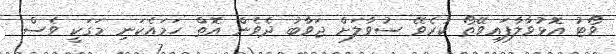
ވޯޓު އޮޅުވާލާފައިވޭތޯ ކުރެވޭ ސުވާލަށް ޖަވާބު ދެވެން އޮތް ހަމައެކަނި މަގަކީ ވެސް